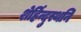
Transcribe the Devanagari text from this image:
शेर्हिन्दुस्थनि